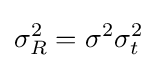
\sigma _{R}^{2}=\sigma ^{2}\sigma _{t}^{2}